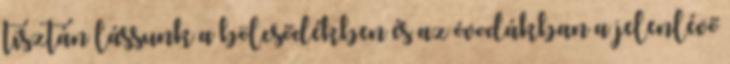
tisztán lássunk a bölcsődékben és az óvodákban a jelenlévő